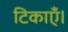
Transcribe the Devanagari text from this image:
टिकाएँ।